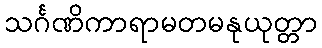
သင်္ဂဏိကာရာမတမနုယုတ္တာ